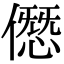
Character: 𠎱